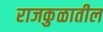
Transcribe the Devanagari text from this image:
राजकुळातील